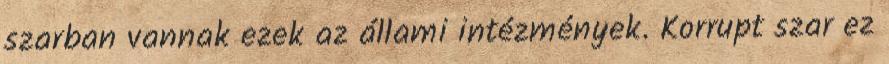
szarban vannak ezek az állami intézmények. Korrupt szar ez